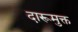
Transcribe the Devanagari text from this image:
दारूमुक्त